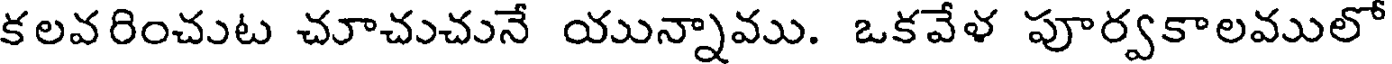
కలవరించుట చూచుచునే యున్నాము. ఒకవేళ పూర్వకాలములో